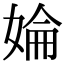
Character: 婨